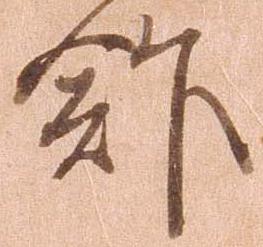
館